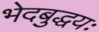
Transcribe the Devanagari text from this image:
भेदबुद्धयः